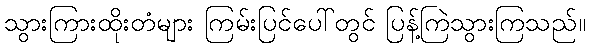
သွားကြားထိုးတံများ ကြမ်းပြင်ပေါ်တွင် ပြန့်ကြဲသွားကြသည်။